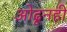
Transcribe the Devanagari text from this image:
ओढूनही